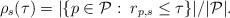
LaTeX: \begin{align*}\rho_s(\tau) = |\{p\in \mathcal{P}:\; r_{p,s}\leq \tau \}| /|\mathcal{P}|.\end{align*}